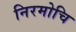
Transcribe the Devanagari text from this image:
निरमोचि